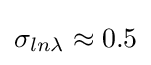
\sigma _{ln\lambda }\approx 0.5